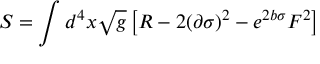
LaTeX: S = \int d ^ { 4 } x \sqrt { g } \left[ R - 2 ( \partial \sigma ) ^ { 2 } - e ^ { 2 b \sigma } F ^ { 2 } \right]